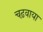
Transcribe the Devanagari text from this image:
चढ़वाया